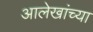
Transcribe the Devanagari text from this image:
आलेखांच्या